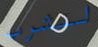
لنشرب